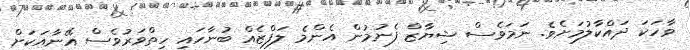
ވާހަކަ ދައްކާލުމަށެވެ. ނަމަވެސް ޝިޔާޒް ފެނުމުން އެންމެ ލަފްޒެއް ބުނާހައި ހިތްވަރުވެސް އޭނާއަކަށް